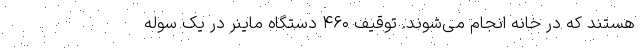
هستند که در خانه انجام می‌شوند. توقیف ۴۶۰ دستگاه ماینر در یک سوله